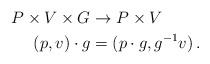
LaTeX: \begin{align*}\begin{aligned}P \times V \times G &\to P \times V\\(p,v) \cdot g & = (p \cdot g, g^{-1} v)\, . \end{aligned}\end{align*}